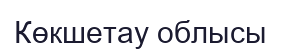
Көкшетау облысы